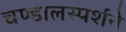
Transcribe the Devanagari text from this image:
चण्डालस्पर्शने